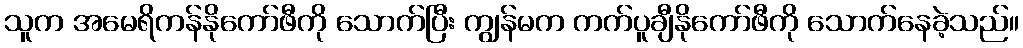
သူက အမေရိကန်နိုကော်ဖီကို သောက်ပြီး ကျွန်မက ကက်ပူချီနိုကော်ဖီကို သောက်နေခဲ့သည်။